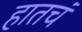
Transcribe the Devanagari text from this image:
हातचं